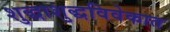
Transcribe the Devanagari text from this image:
शुद्धाशुद्धविवेकात